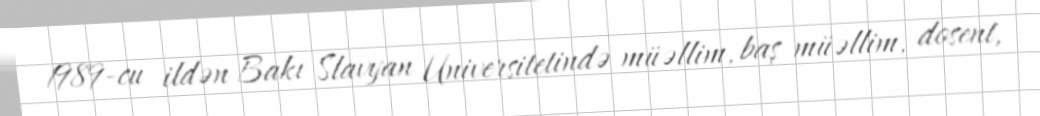
1989-cu ildən Bakı Slavyan Universitetində müəllim, baş müəllim, dosent,